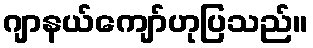
ဂျာနယ်ကျော်ဟုပြသည်။